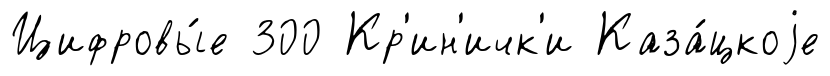
Цифровы́е 300 Кр'ин'ичк'и Каза́цкоjе